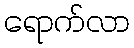
ရောက်လာ